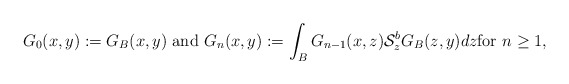
\begin{align*}G_{0}(x,y):=G_{B}(x,y) \hbox{ and } G_{n}(x,y):=\int_{B}G_{n-1}(x,z)\mathcal{S}^{b}_{z}G_{B}(z,y)dz\hbox{for } n\ge 1,\end{align*}